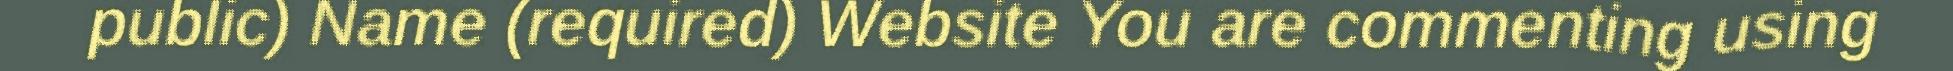
public) Name (required) Website You are commenting using